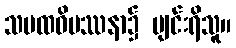
သမထဝိပဿနာ၌ ပျင်းရိသူ။